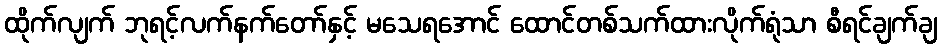
ထိုက်လျက် ဘုရင့်လက်နက်တော်နှင့် မသေရအောင် ထောင်တစ်သက်ထားလိုက်ရုံသာ စီရင်ချက်ချ